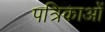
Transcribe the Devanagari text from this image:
पत्रिकाओं